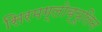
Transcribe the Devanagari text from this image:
सिरमग्लोब्यूलिन